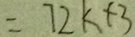
= 7 2 k + 3